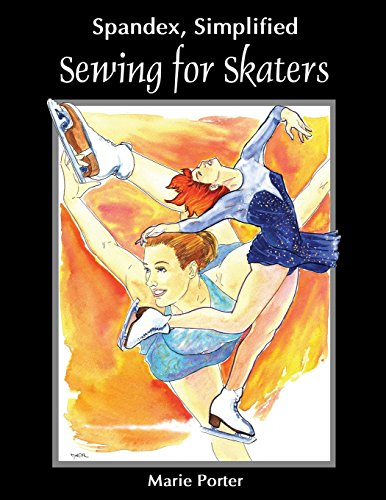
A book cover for Spandex Simplified: Sewing for Skaters; Marie Porter; Sports & Outdoors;